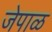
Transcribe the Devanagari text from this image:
जेपाळ